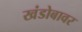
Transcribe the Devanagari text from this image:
खंडोबावर